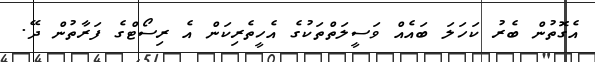
އެގޮތުން ބެރު ކަހަލަ ބައެއް ވަސީލަތްތަކުގެ އެހީތެރިކަން އެ ރިސޯޓްގެ ފަރާތުން ދޭ.